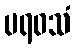
ပရဝသံ